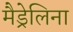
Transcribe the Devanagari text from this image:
मैड्रेलिना